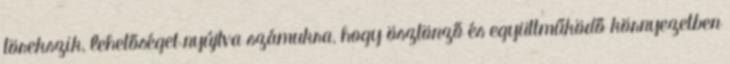
törekszik, lehetőséget nyújtva számukra, hogy ösztönző és együttműködő környezetben